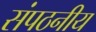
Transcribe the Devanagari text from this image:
संपठनीय